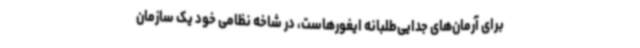
برای آرمان‌های جدایی‌طلبانه ایغورهاست، در شاخه نظامی خود یک سازمان